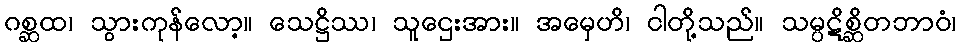
ဂစ္ဆထ၊ သွားကုန်လော့။ သေဋ္ဌိဿ၊ သူဌေးအား။ အမှေဟိ၊ ငါတို့သည်။ သမ္ပဋိစ္ဆိတဘာဝံ၊